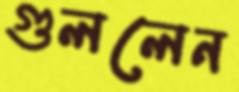
গুললেন